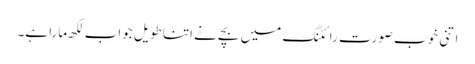
اتنی خوب صورت رائٹنگ میں بچے نے اتنا طویل جواب لکھ مارا ہے۔